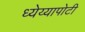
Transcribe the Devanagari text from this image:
ध्‍येय्यापोटी